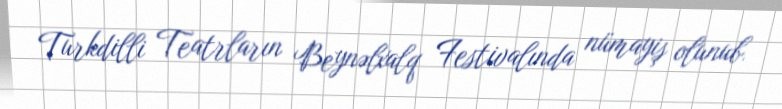
Turkdilli Teatrların Beynəlxalq Festivalında nümayiş olunub.